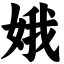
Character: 娥